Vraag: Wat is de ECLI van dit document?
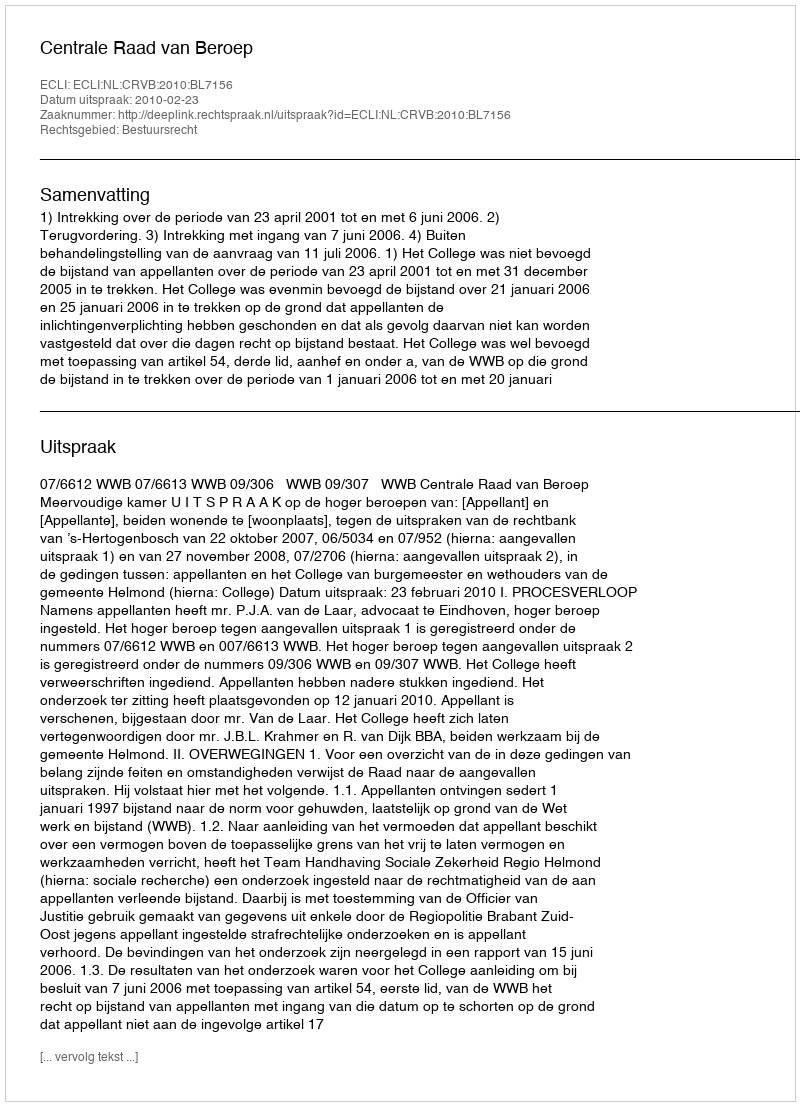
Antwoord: ECLI:NL:CRVB:2010:BL7156